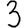
Digit: 3